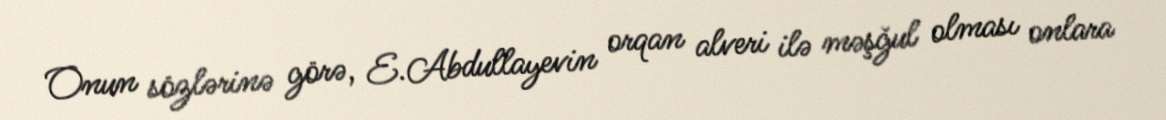
Onun sözlərinə görə, E.Abdullayevin orqan alveri ilə məşğul olması onlara